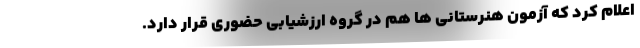
اعلام کرد که آزمون هنرستانی ها هم در گروه ارزشیابی حضوری قرار دارد.